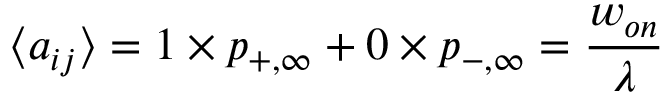
\langle a _ { i j } \rangle = 1 \times p _ { + , \infty } + 0 \times p _ { - , \infty } = { \frac { w _ { o n } } { \lambda } }